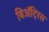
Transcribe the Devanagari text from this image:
बिॲट्रिस